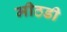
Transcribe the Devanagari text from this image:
मीठडी